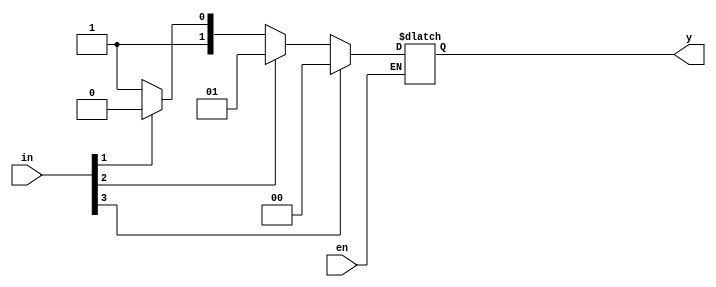
`timescale 1ns / 1ps

module prior_encoder(en,in,y);
input en;
input [3:0]in;
output reg [1:0]y;
always@(in,en)
begin
if(en)
 if(in[3])
  y=2'b00;
 else if(in[2])
  y=2'b01;
 else if(in[1])
  y=2'b10;
 else if(in[0])
  y=2'b11;
 else
  y=2'bxx;
 end
endmodule